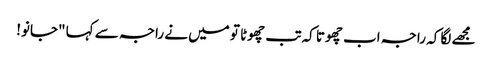
مجھے لگا کہ راجہ اب چھوتا کہ تب چھوٹا تو میں نے راجہ سے کہا "جانو!